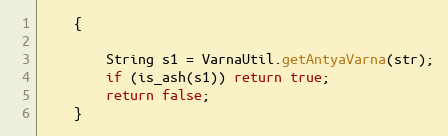
Language: Java
    {

        String s1 = VarnaUtil.getAntyaVarna(str);
        if (is_ash(s1)) return true;
        return false;
    }